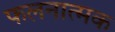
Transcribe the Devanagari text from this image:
फलनात्मक